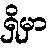
ရှိမှာ